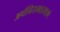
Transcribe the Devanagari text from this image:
अर्धविरामाप्रमाणे